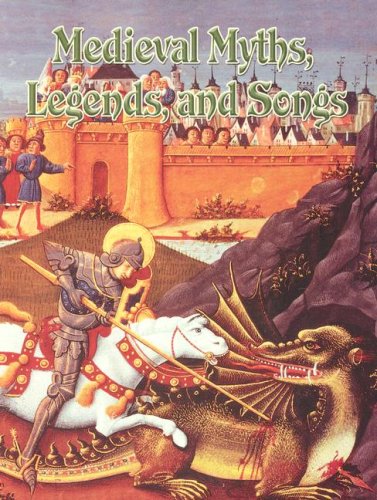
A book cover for Medieval Myths, Legends, And Songs (Medieval World); Donna Trembinski; Children's Books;